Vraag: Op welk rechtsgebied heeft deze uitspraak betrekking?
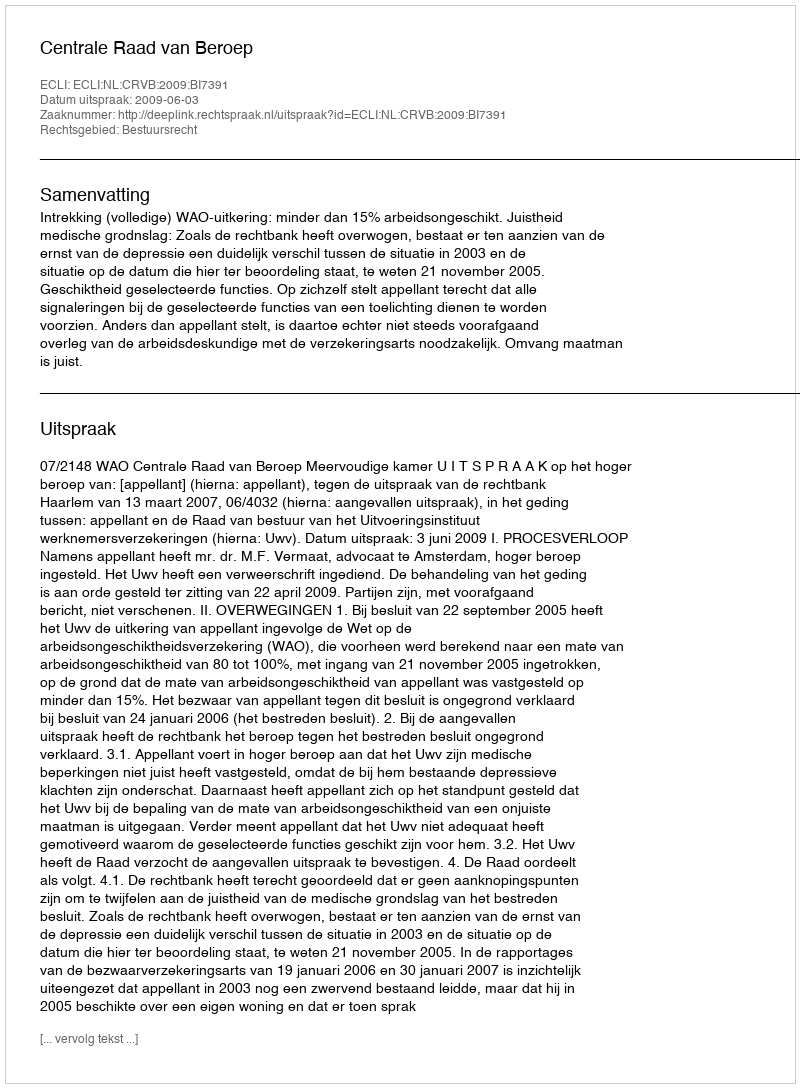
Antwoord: Bestuursrecht